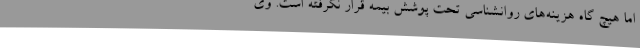
اما هیچ گاه هزینه‌های روانشناسی تحت پوشش بیمه قرار نگرفته است. وی